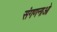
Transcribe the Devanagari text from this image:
संगणनाओ